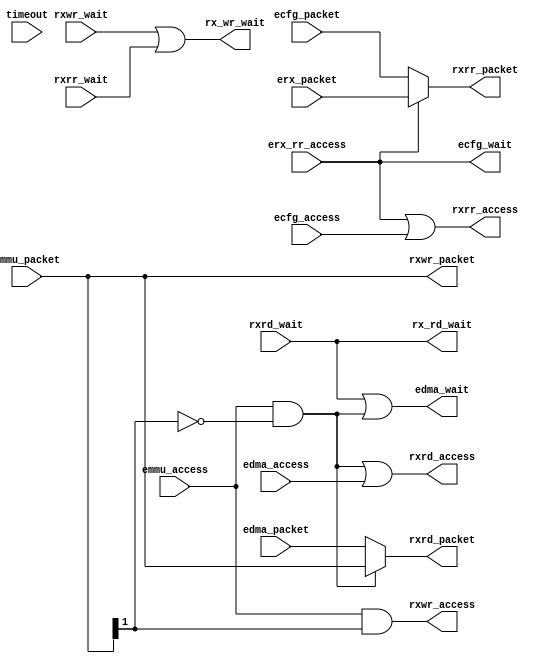
module erx_arbiter (/*AUTOARG*/
   // Outputs
   rx_rd_wait, rx_wr_wait, edma_wait, ecfg_wait, rxwr_access,
   rxwr_packet, rxrd_access, rxrd_packet, rxrr_access, rxrr_packet,
   // Inputs
   erx_rr_access, erx_packet, emmu_access, emmu_packet, edma_access,
   edma_packet, ecfg_access, ecfg_packet, timeout, rxwr_wait,
   rxrd_wait, rxrr_wait
   );

   parameter AW   = 32;
   parameter DW   = 32;
   parameter PW   = 104;
   parameter ID   = 12'h800; //link id
   parameter RFAW = 6;
   
   
   //From IO (for rr)   
   input           erx_rr_access;
   input [PW-1:0]  erx_packet;
   output          rx_rd_wait; //for IO
   output          rx_wr_wait; //for IO

   
   //From EMMU (writes)  
   input           emmu_access;
   input [PW-1:0]  emmu_packet;

   //From DMA
   input           edma_access;
   input [PW-1:0]  edma_packet;
   output 	   edma_wait;

   //From ETX
   input           ecfg_access;
   input [PW-1:0]  ecfg_packet;
   output 	   ecfg_wait;

   //From timeout circuit
   input 	   timeout;
   
   //To Master Write FIFO
   output 	   rxwr_access;
   output [PW-1:0] rxwr_packet;   
   input           rxwr_wait;
   
   //To Master Read FIFO
   output 	   rxrd_access;
   output [PW-1:0] rxrd_packet;   
   input           rxrd_wait;
   
   //To Slave Read Response FIFO
   output 	   rxrr_access;
   output [PW-1:0] rxrr_packet;   
   input           rxrr_wait;

   //wires
   wire            emmu_write;
   wire 	   emmu_read;
   
   wire [11:0] 	   myid;

   //####################################
   //Splicing pakets
   //####################################
   assign 	 myid[11:0] = ID;   
   
   //####################################
   //Read response path (from IO or cfg)
   //####################################
   
   assign rxrr_access         = erx_rr_access   |
			        ecfg_access;
   
   assign rxrr_packet[PW-1:0] = erx_rr_access ?  erx_packet[PW-1:0] :
			 	                 ecfg_packet[PW-1:0];

   assign ecfg_wait           = erx_rr_access;

   //####################################
   //Write Path (direct)
   //####################################
   assign emmu_write          = emmu_packet[1];

   assign rxwr_access         = emmu_access & emmu_write;
   
   assign rxwr_packet[PW-1:0] = emmu_packet[PW-1:0];
         
   //####################################
   //Read Request Path 
   //####################################

   assign emmu_read           = emmu_access & ~emmu_write;
   
   assign rxrd_access         = emmu_read | edma_access;
   
   assign rxrd_packet[PW-1:0] = emmu_read ? emmu_packet[PW-1:0] : 
				            edma_packet[PW-1:0];
   
   //####################################
   //Wait Signals
   //####################################   
   
   assign rx_rd_wait    = rxrd_wait;
   assign rx_wr_wait    = rxwr_wait | rxrr_wait;
   assign edma_wait     = rxrd_wait | emmu_read;
   assign erx_cfg_wait  = rxwr_wait | rxrr_wait;   
   
endmodule